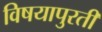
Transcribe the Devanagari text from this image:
विषयापुरती